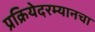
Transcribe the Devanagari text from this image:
प्रक्रियेदरम्यानचा